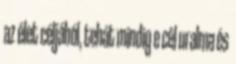
az élet céljából, tehát mindig e cél uralma és